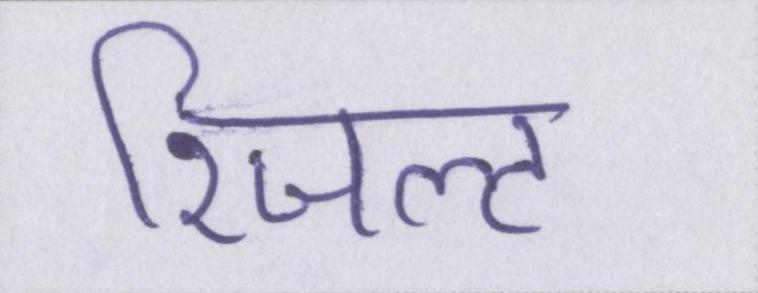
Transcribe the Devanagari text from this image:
रिजल्ट